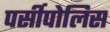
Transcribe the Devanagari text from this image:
पर्सीपोलिस